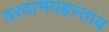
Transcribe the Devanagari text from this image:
वरदाभयहस्ताय